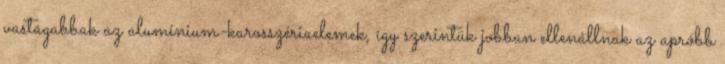
vastagabbak az alumínium-karosszériaelemek, így szerintük jobban ellenállnak az apróbb